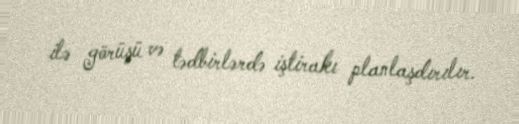
ilə görüşü və tədbirlərdə iştirakı planlaşdırılır.